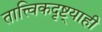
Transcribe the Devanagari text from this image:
तात्त्विकदृष्ट्याही